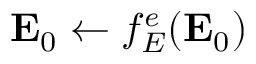
{ \bf E } _ { 0 } \leftarrow f _ { \cal E } ^ { e } ( { \bf E } _ { 0 } )